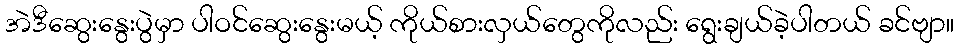
အဲဒီဆွေးနွေးပွဲမှာ ပါဝင်ဆွေးနွေးမယ့် ကိုယ်စားလှယ်တွေကိုလည်း ရွေးချယ်ခဲ့ပါတယ် ခင်ဗျာ။